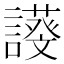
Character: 𧬖